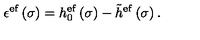
\epsilon ^ { \mathrm { e f } } \left( \sigma \right) = h _ { 0 } ^ { \mathrm { e f } } \left( \sigma \right) - \tilde { h } ^ { \mathrm { e f } } \left( \sigma \right) .